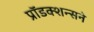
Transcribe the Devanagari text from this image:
प्रॉडक्शन्सने